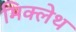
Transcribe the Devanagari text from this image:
मिक्लेथ